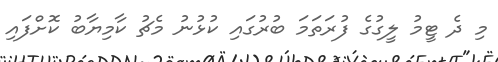
މި ދެ ޓީމު ލީގުގެ ފުރަތަމަ ބުރުގައި ކުޅުނު މެޗު ކާމިޔާބު ކޮށްފައި